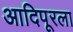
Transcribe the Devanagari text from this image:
आदिपूरला